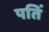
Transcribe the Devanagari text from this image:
पतिं